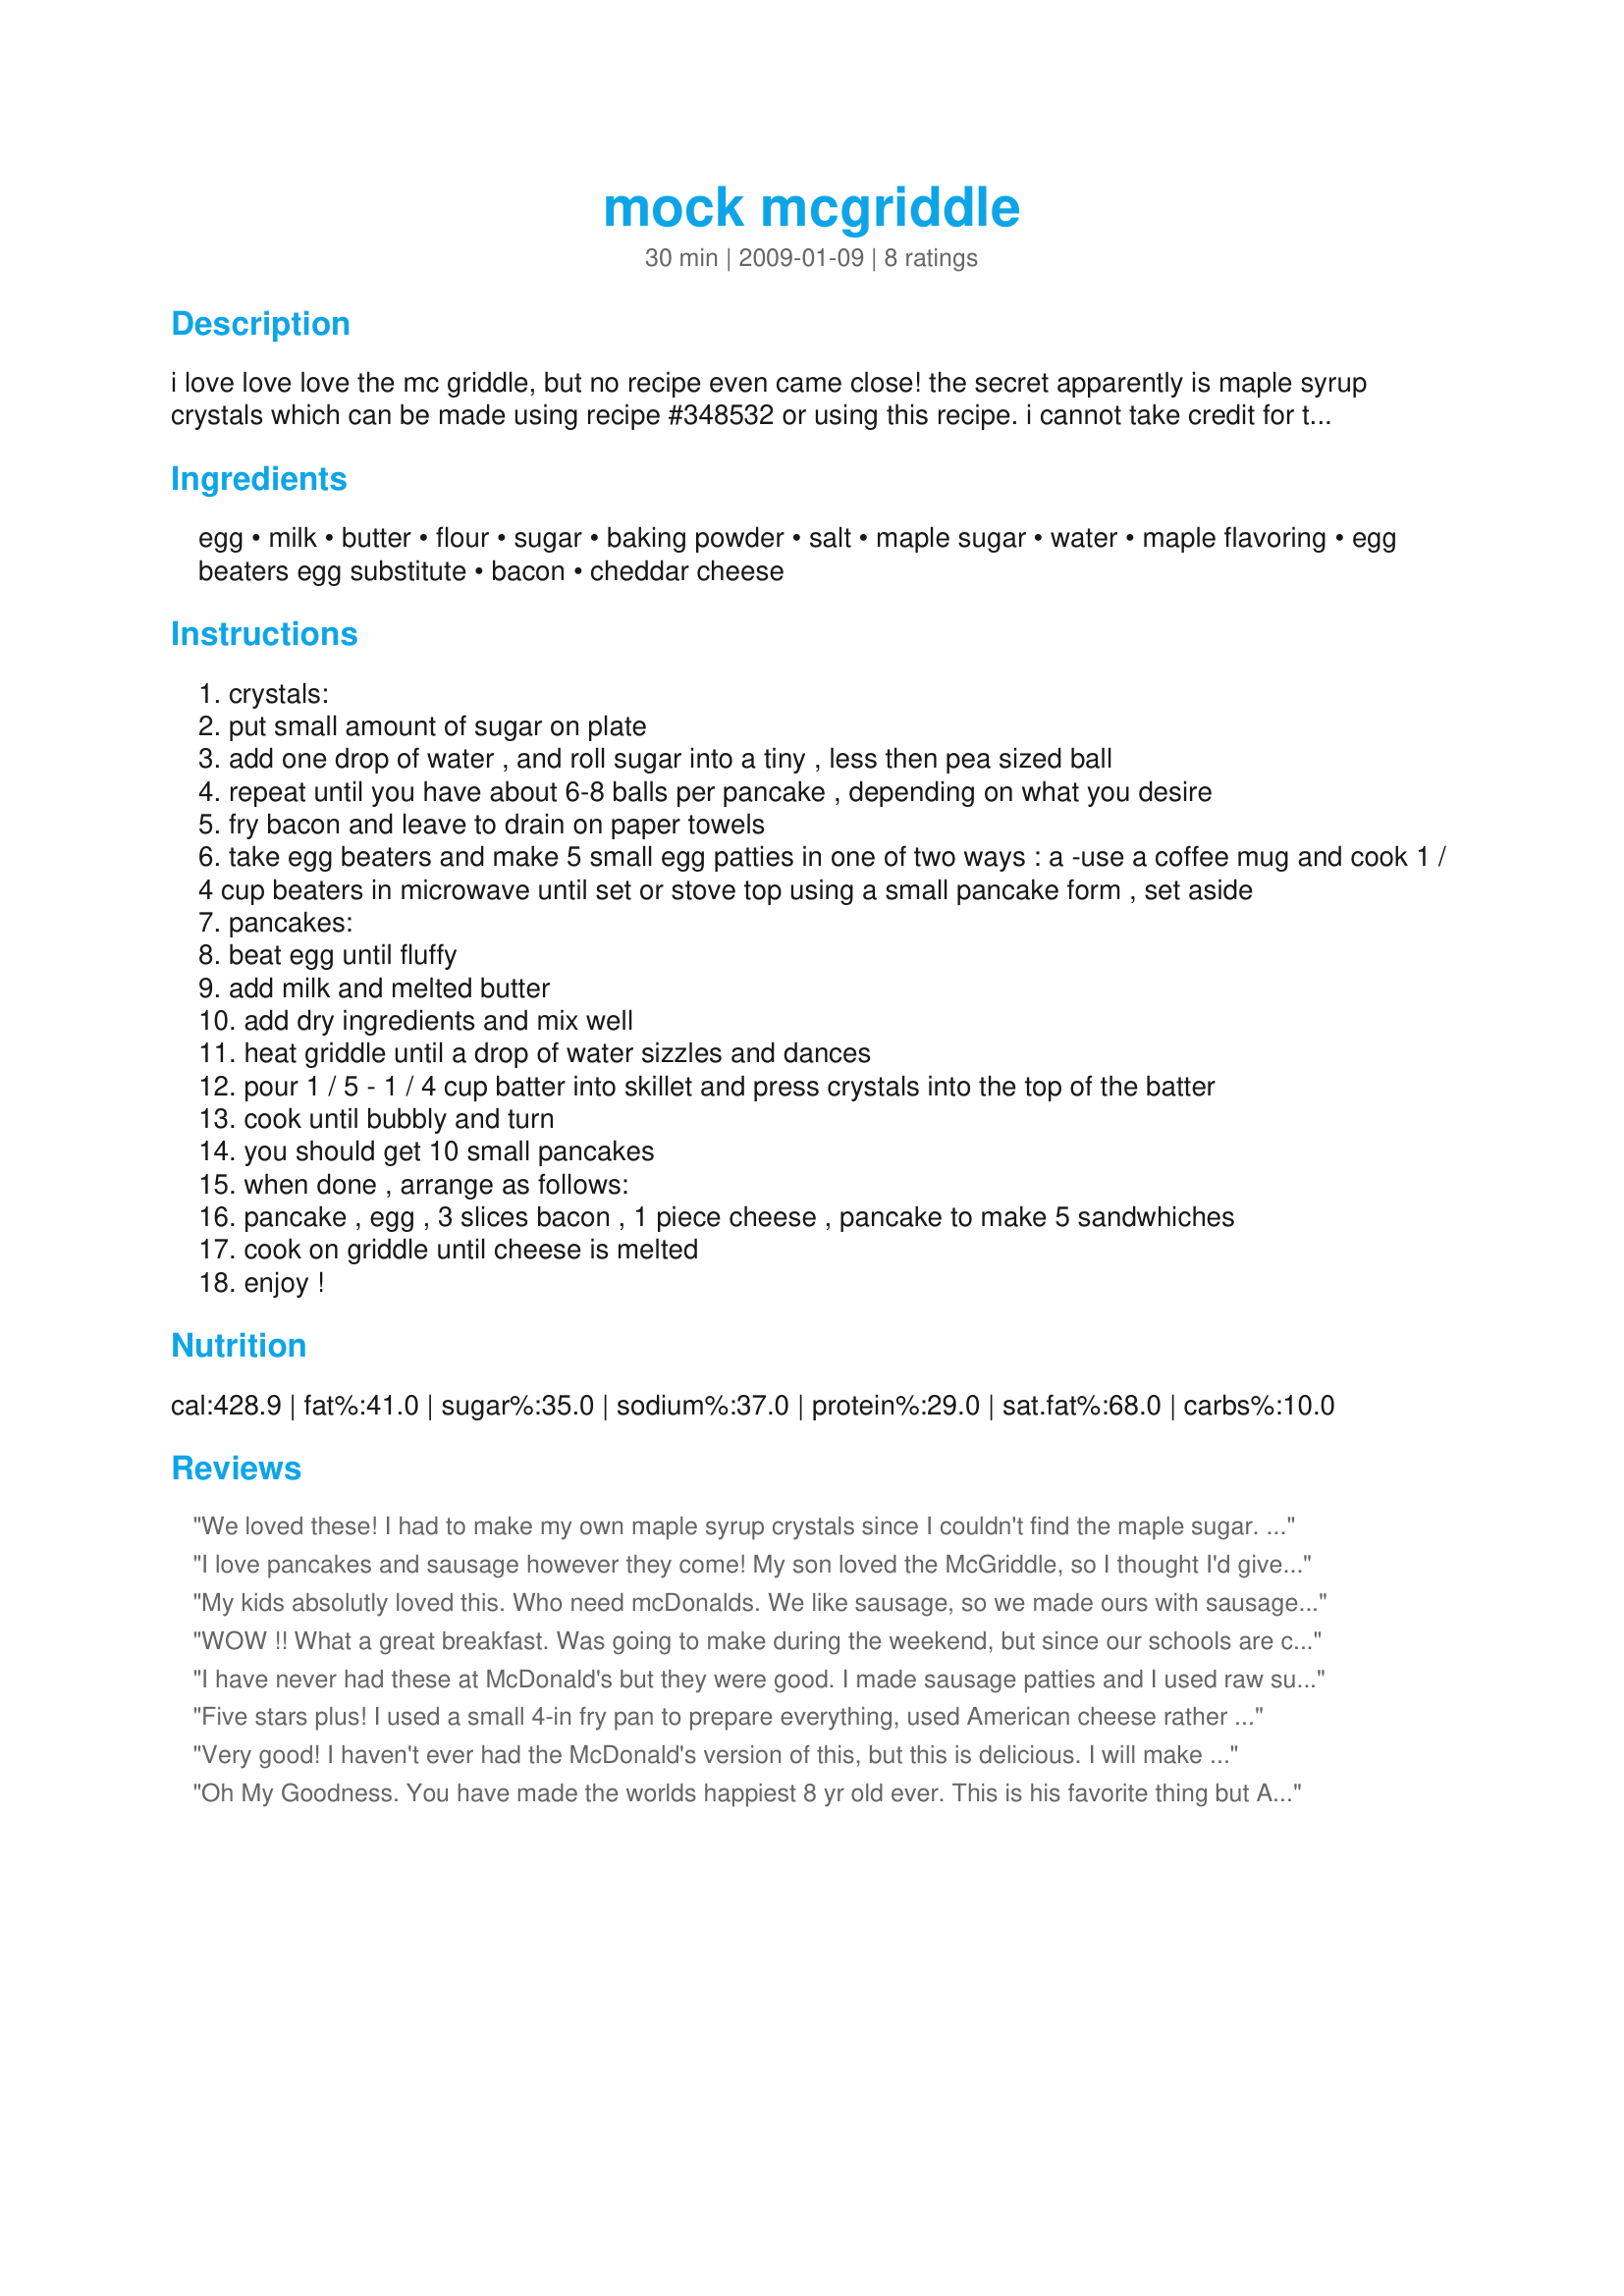
mock mcgriddle
Preparation time: 30 minutes

i love love love the mc griddle, but no recipe even came close! the secret apparently is maple syrup crystals which can be made using recipe #348532 or using this recipe. i cannot take credit for the pancake recipe - its my favorite recipe #25690

Ingredients:
egg, milk, butter, flour, sugar, baking powder, salt, maple sugar, water, maple flavoring, egg beaters egg substitute, bacon, cheddar cheese

Steps:
crystals:
put small amount of sugar on plate
add one drop of water , and roll sugar into a tiny , less then pea sized ball
repeat until you have about 6-8 balls per pancake , depending on what you desire
fry bacon and leave to drain on paper towels
take egg beaters and make 5 small egg patties in one of two ways : a -use a coffee mug and cook 1 / 4 cup beaters in microwave until set or stove top using a small pancake form , set aside
pancakes:
beat egg until fluffy
add milk and melted butter
add dry ingredients and mix well
heat griddle until a drop of water sizzles and dances
pour 1 / 5 - 1 / 4 cup batter into skillet and press crystals into the top of the batter
cook until bubbly and turn
you should get 10 small pancakes
when done , arrange as follows:
pancake , egg , 3 slices bacon , 1 piece cheese , pancake to make 5 sandwhiches
cook on griddle until cheese is melted
enjoy !

Reviews:
We loved these! I had to make my own maple syrup crystals since I couldn't find the maple sugar. It was really simple to make - just added an extra step. Now I have some crystals saved for the next few times I make these! I scrambled my eggs in coffee mugs, using the microwave (only about 1 min. for each egg). These are delicious and worth every step!!
I love pancakes and sausage however they come! My son loved the McGriddle, so I thought I'd give this a try. I had to use Recipe #348532 to try and make the crystals because I couldn't find the maple sugar by King Arthur. My crystals didn't turn out very well, but I proceeded with the recipe and used what I had in the recipe. We only used sausage and pancakes, since my son doesn't like eggs on his McGriddle. We enjoyed it, but he added syrup to his because I must not have put enough "maple crystals" into the batter. I think most of mine melted out of the batter and into the skillet. It was really sticky after cooking these! Enjoyed for a nice weekend breakfast. I made these for New Kids on the Block tag.
My kids absolutly loved this. Who need mcDonalds. We like sausage, so we made ours with sausage patties and there wasn't a drop left. I am thinking of making a bunch of these up to freeze for school days. i will let y ou all know how that goes. Thanks Michelle.
WOW !! What a great breakfast. Was going to make during the weekend, but since our schools are closed today, this was perfect. I stoved topped the pancakes, it seemed that this was the easier choice, and I did use the 5 sausage patties. Kids each had 2, and I had the other. For the crystals, I did use a hair less than the 1/4 cup water.
I have never had these at McDonald's but they were good. I made sausage patties and I used raw sugar for the maple crystals, served a little syrup on the side.
Five stars plus! I used a small 4-in fry pan to prepare everything, used American cheese rather than cheddar, and recipe#348532 for the crystals. Since I know this is one destined to be repeated often I think it is well worth the investment of purchasing the crystals from the King Arthur site but I've only found the regual crystals and not the maple sugar ones. I will stop in and thank Ellen Brody for her pancake recipe since it is such a light-as-a-feather pancake. This recipe is a success story. TFS. Made for New Kids on the Block, a tag game.
Very good! I haven't ever had the McDonald's version of this, but this is delicious. I will make again! Thanks for sharing.
Oh My Goodness. You have made the worlds happiest 8 yr old ever. This is his favorite thing but A. I don't own Mcdonalds so I can't afford him eating it that often and B its WAY better for him if we make them at home. I am going to make a bunch up and freeze them. 
Thanks for adding the maple crystal link ( very important according to my 8 yr old LOL)
